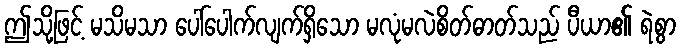
ဤသို့ဖြင့် မသိမသာ ပေါ်ပေါက်လျက်ရှိသော မလုံမလဲစိတ်ဓာတ်သည် ပီယာ၏ ရဲစွာ